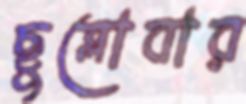
ছুব্‌লোবার